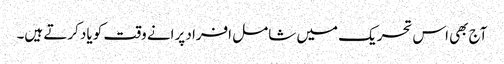
آج بھی اس تحریک میں شامل افراد پرانے وقت کو یاد کرتے ہیں۔